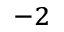
^ { - 2 }